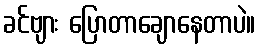
ခင်ဗျား ပြောတာချောနေတာပဲ။